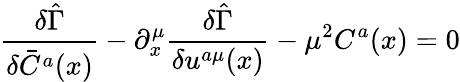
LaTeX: \frac{\delta\hat{\Gamma}}{\delta\bar{C}^{a}(x)}-\partial_{x}^{\mu}\frac{\delta\hat{\Gamma}}{\delta u^{a\mu}(x)}-{\mu}^{2}C^{a}(x)=0